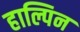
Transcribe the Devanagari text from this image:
हाल्पिन